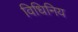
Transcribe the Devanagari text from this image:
विधिनिय